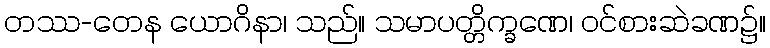
တဿ-တေန ယောဂိနာ၊ သည်။ သမာပတ္တိက္ခဏေ၊ ဝင်စားဆဲခဏ၌။